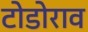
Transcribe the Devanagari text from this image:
टोडोराव